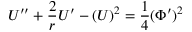
{ \cal U } ^ { \prime \prime } + \frac { 2 } { r } { \cal U } ^ { \prime } - ( { \cal U } ) ^ { 2 } = { \frac { 1 } { 4 } } ( \Phi ^ { \prime } ) ^ { 2 }